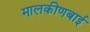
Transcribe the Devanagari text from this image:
मालकीणबाई